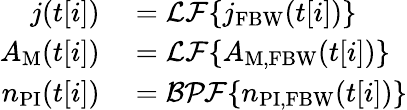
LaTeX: \begin{array}{rl}{j(t[i])}&{{}=\mathcal{LF}\{ j_{\mathrm{FBW}}(t[i])\} }\\ {A_{\mathrm{M}}(t[i])}&{{}=\mathcal{LF}\{ A_{\mathrm{M,FBW}}(t[i])\} }\\ {n_{\mathrm{PI}}(t[i])}&{{}=\mathcal{BPF}\{ n_{\mathrm{PI,FBW}}(t[i])\} }\end{array}